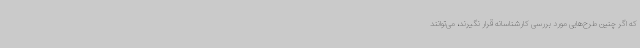
که اگر چنین طرح‌هایی مورد بررسی کارشناسانه قرار نگیرند، می‌توانند